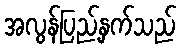
အလွန်ပြည့်နှက်သည်